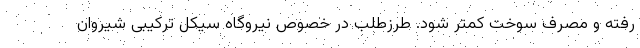
رفته و مصرف سوخت کمتر شود. طرزطلب در خصوص نیروگاه سیکل ترکیبی شیروان